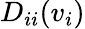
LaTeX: D_{ii}(v_{i})